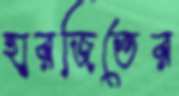
হারজিতের